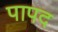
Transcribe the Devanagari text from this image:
पापद